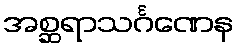
အစ္ဆရာသင်္ဂဏေန